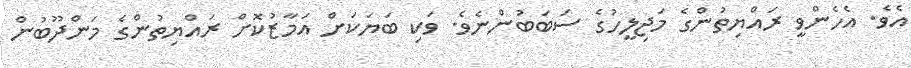
އެވެ. އެހެންވީ ރައްޔިތުންގެ މަޖިލީހުގެ ސަބަބުންނެވެ. ވަކި ބަޔަކަށް އަމާޒުކޮށް ރައްޔިތުންގެ މަންދޫބުން